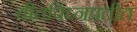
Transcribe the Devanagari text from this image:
वीतविघ्नप्रतीत